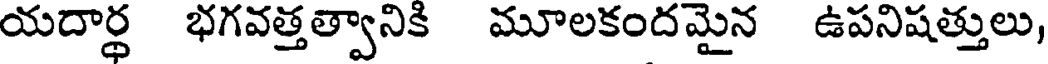
యదార్థ భగవత్తత్వానికి మూలకందమైన ఉపనిషత్తులు,